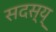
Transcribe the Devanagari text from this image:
सदस्य्